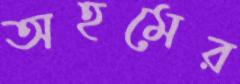
অহমের